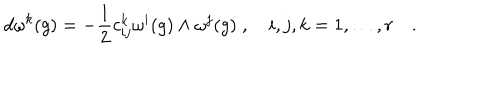
d \omega ^ { k } ( g ) = - \frac { 1 } { 2 } c _ { i j } ^ { k } \omega ^ { i } ( g ) \wedge \omega ^ { j } ( g ) \; , \quad i , j , k = 1 , \ldots , r \quad .